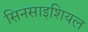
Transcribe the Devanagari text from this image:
सिनसाइशियल